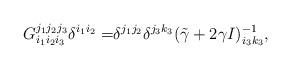
LaTeX: \begin{align*}G_{i_1i_2i_3}^{j_1j_2j_3}\delta^{i_1i_2}=&\delta^{j_1j_2}\delta^{j_3k_3}(\tilde\gamma+2\gamma I)^{-1}_{i_3k_3},\end{align*}